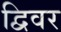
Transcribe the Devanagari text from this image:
द्विवर